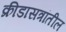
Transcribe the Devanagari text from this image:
क्रीडासत्रांतील